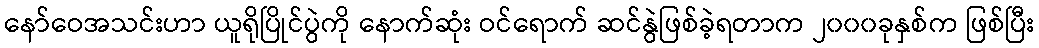
နော်ဝေအသင်းဟာ ယူရိုပြိုင်ပွဲကို နောက်ဆုံး ဝင်ရောက် ဆင်နွဲဖြစ်ခဲ့ရတာက ၂၀၀၀ခုနှစ်က ဖြစ်ပြီး